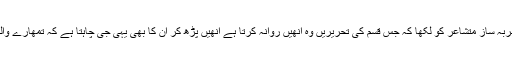
اس کے جواب میں ڈاکٹر بشیر سیفی نے اس چربہ ساز متشاعر کو لکھا کہ جس قسم کی تحریریں وہ انھیں روانہ کرتا ہے انھیں پڑھ کر ان کا بھی یہی جی چاہتا ہے کہ تمھارے والد سے مل کر تمھاری خوب دھنائی کی جائے۔